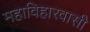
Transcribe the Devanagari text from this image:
महाविहारवासी